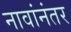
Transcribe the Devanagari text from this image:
नावांनंतर